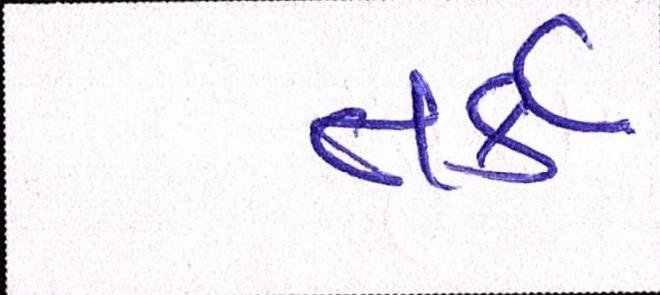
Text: તર્ક